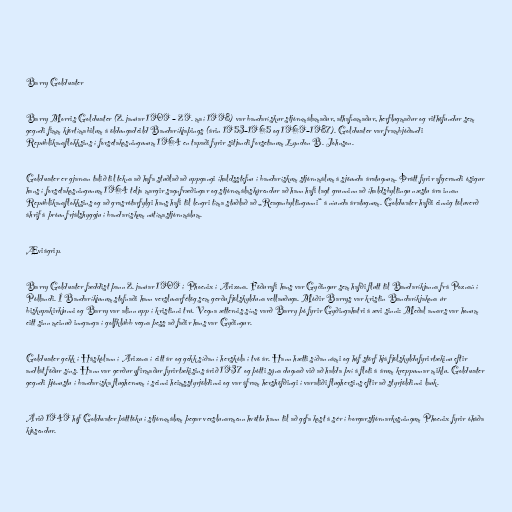
Barry Goldwater

Barry Morris Goldwater (2. janúar 1909 – 29. maí 1998) var bandarískur stjórnmálamaður, athafnamaður, herflugmaður og rithöfundur sem
gegndi fimm kjörtímabilum á öldungadeild Bandaríkjaþings (árin 1953–1965 og 1969–1987). Goldwater var frambjóðandi
Repúblikanaflokksins í forsetakosningunum 1964 en tapaði fyrir sitjandi forsetanum Lyndon B. Johnson.

Goldwater er gjarnan talið til tekna að hafa stuðlað að uppgangi íhaldsstefnu í bandarískum stjórnmálum á sjöunda áratugnum. Þrátt fyrir afgerandi ósigur
hans í forsetakosningunum 1964 telja margir sagnfræðingar og stjórnmálaskýrendur að hann hafi lagt grunninn að íhaldsbyltingu næstu ára innan
Repúblikanaflokksins og að grasrótarfylgi hans hafi til lengri tíma stuðlað að „Reaganbyltingunni“ á níunda áratugnum. Goldwater hafði einnig töluverð
áhrif á þróun frjálshyggju í bandarískum nútímastjórnmálum.

Æviágrip.

Barry Goldwater fæddist þann 2. janúar 1909 í Phoenix í Arizona. Föðurafi hans var Gyðingur sem hafði flutt til Bandaríkjanna frá Poznań í
Póllandi. Í Bandaríkjunum stofnaði hann verslunarfélög sem gerðu fjölskylduna vellauðuga. Móðir Barrys var kristin Bandaríkjakona úr
biskupakirkjunni og Barry var alinn upp í kristinni trú. Vegna ætternis síns varð Barry þó fyrir Gyðingahatri á ævi sinni: Meðal annars var honum
eitt sinn meinuð innganga í golfklúbb vegna þess að faðir hans var Gyðingur.

Goldwater gekk í Háskólann í Arizona í eitt ár og gekk síðan í herskóla í tvö ár. Hann hætti síðan námi og hóf störf hjá fjölskyldufyrirtækinu eftir
andlát föður síns. Hann var gerður yfirmaður fyrirtækisins árið 1937 og þótti sýna dugnað við að halda því á floti á árum kreppunnar miklu. Goldwater
gegndi þjónustu í bandaríska flughernum í seinni heimsstyrjöldinni og var áfram hershöfðingi í varaliði flughersins eftir að styrjöldinni lauk.

Árið 1949 hóf Goldwater þátttöku í stjórnmálum þegar verslunarmenn hvöttu hann til að gefa kost á sér í borgarstjórnarkosningum Phoenix fyrir óháða
kjósendur.